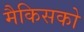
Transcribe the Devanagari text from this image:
मैकिसको